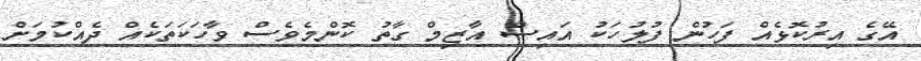
އޭގެ އިރުކޮޅެއް ފަހުން ފުލުހަކު އައިސް އާޒިމް ގާތު ކޮންމެވެސް ވާހަކަތަކެއް ދެއްކުމަށް